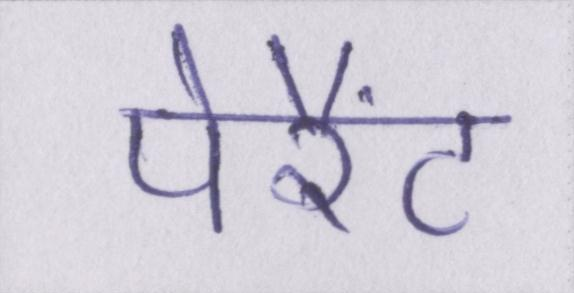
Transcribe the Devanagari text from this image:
पेरैंट